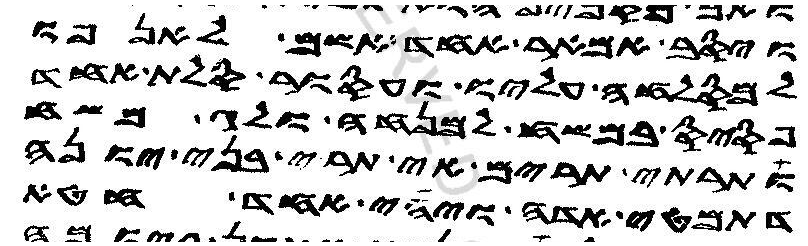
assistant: ויסב אמאר אחד אשם לאנפו
למסלחה עליו ועסור סלת אחד
פסיס במשח למנחה ולג משח
ותרתי תרים אי תרי בני יונה
דתמטי אדה ויהי אחד חטא